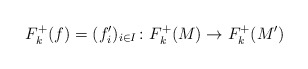
\begin{align*} F_k^+(f) = (f_i')_{i\in I} \colon F_k^+(M) \rightarrow F_k^+(M')\end{align*}